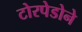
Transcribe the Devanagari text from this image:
टोरपेडोने